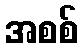
အစစ်